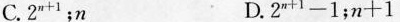
C. $$ 2^{n + 1} $$；n D. $$ 2^{n + 1} - 1；n + 1 $$